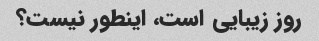
روز زیبایی است، اینطور نیست؟